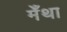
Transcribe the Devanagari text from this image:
मेँथा